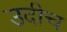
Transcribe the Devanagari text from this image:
उदीच